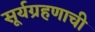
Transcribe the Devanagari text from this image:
सूर्यग्रहणाची